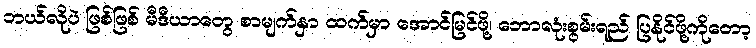
ဘယ်လိုပဲ ဖြစ်ဖြစ် မီဒီယာတွေ စာမျက်နှာ ထက်မှာ အောင်မြင်ဖို့၊ ဘောလုံးစွမ်းရည် ပြနိုင်ဖို့ကိုတော့